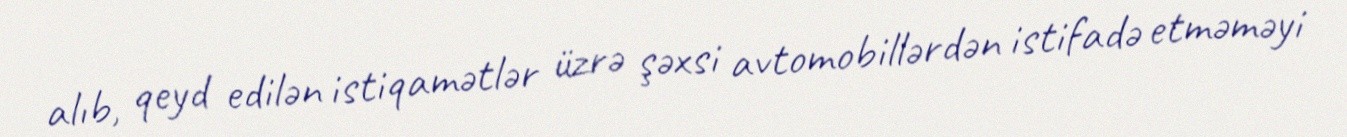
alıb, qeyd edilən istiqamətlər üzrə şəxsi avtomobillərdən istifadə etməməyi